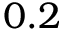
0 . 2